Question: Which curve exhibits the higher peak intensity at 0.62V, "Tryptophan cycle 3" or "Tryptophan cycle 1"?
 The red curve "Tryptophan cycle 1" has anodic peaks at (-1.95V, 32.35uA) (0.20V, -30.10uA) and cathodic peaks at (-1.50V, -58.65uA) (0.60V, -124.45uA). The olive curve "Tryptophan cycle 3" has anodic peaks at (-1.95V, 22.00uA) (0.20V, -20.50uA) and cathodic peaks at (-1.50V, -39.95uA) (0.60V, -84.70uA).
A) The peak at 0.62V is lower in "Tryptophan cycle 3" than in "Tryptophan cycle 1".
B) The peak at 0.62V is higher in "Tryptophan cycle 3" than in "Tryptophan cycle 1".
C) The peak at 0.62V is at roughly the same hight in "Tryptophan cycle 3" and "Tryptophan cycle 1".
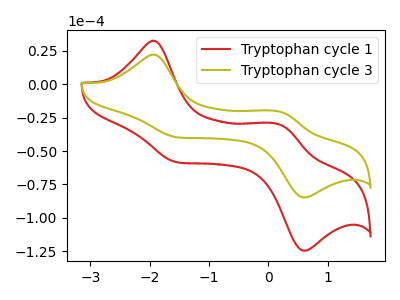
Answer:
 <answer>A) The peak at 0.62V is lower in "Tryptophan cycle 3" than in "Tryptophan cycle 1".</answer>
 <eval>A</eval>